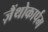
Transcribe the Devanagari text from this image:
ज़ैंथोकार्पम